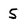
Character: 5